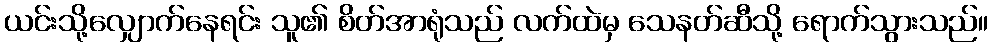
ယင်းသို့လျှောက်နေရင်း သူ၏ စိတ်အာရုံသည် လက်ထဲမှ သေနတ်ဆီသို့ ရောက်သွားသည်။